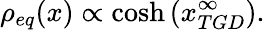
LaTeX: \rho_{eq}(x)\propto\cosh\left(x_{TGD}^{\infty}\right).